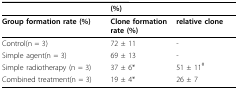
<table><thead><tr><td></td><td><b>(%)</b></td><td></td></tr></thead><tbody><tr><td><b>Group formation rate (%)</b></td><td><b>Clone formation rate (%)</b></td><td><b>relative clone</b></td></tr><tr><td>Control(n = 3)</td><td>72 ± 11</td><td>-</td></tr><tr><td>Simple agent(n = 3)</td><td>69 ± 13</td><td>-</td></tr><tr><td>Simple radiotherapy (n = 3)</td><td>37 ± 6*</td><td>51 ± 11<sup>#</sup></td></tr><tr><td>Combined treatment(n = 3)</td><td>19 ± 4*</td><td>26 ± 7</td></tr></tbody></table>